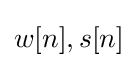
w[n],s[n]